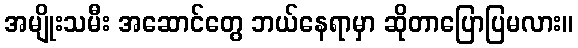
အမျိုးသမီး အဆောင်တွေ ဘယ်နေရာမှာ ဆိုတာပြောပြမလား။